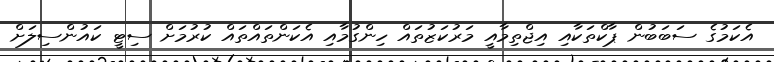
އެކަމުގެ ސަބަބުން ޕާކްތަކާއި އިޖްތިމާއީ މަރުކަޒުތައް ހިންގުމާއި އެކަންތައްތައް ކުރުމަށް ސިޓީ ކައުންސިލަށް